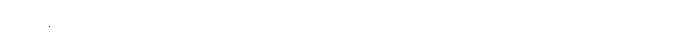
ရဟန်းတစ်ထောင်ကို။ ကတပရိဝါရော၊ ပြုအပ်သော အခြံအရံရှိသည်။ ဟုတွာ၊